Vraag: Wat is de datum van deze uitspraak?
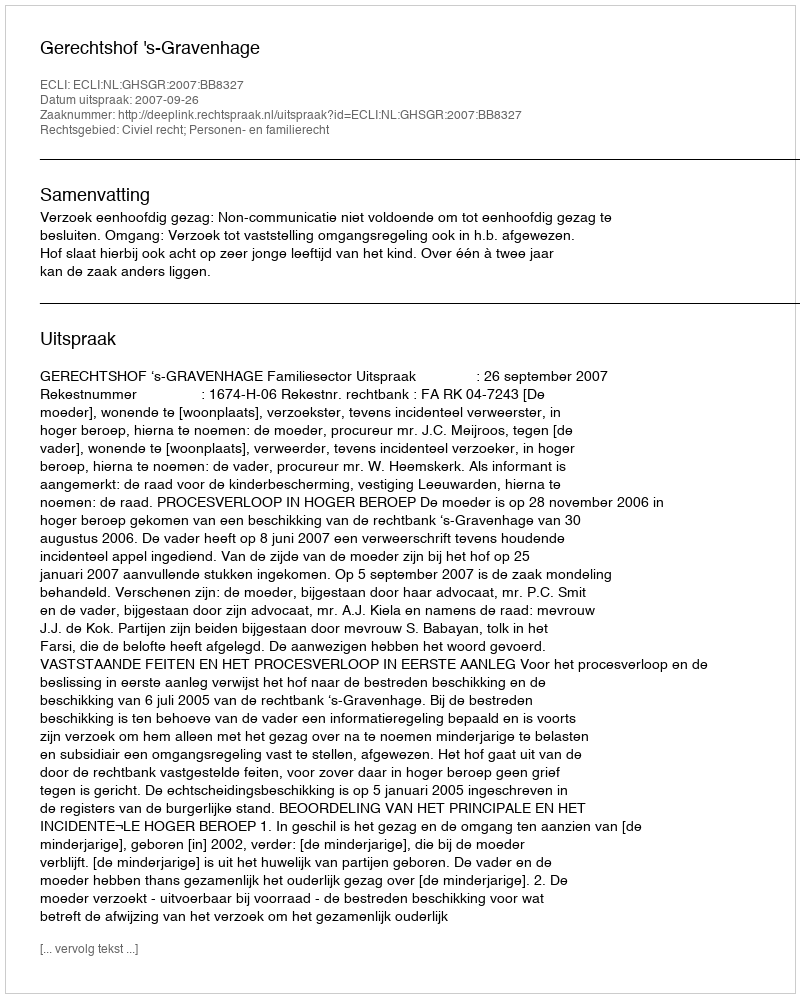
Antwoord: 2007-09-26